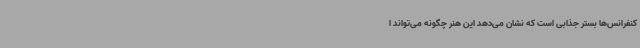
کنفرانس‌ها بستر جذابی است که نشان می‌دهد این هنر چگونه می‌تواند ا